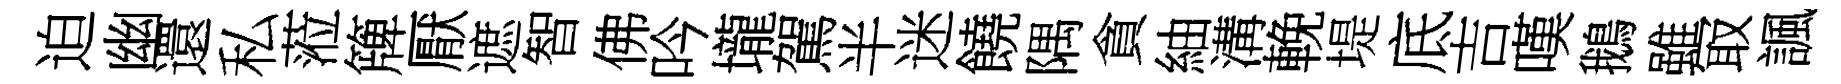
迫幽還私蒞簰厭遮智佛吟壠駕半迷饒隅貪紬溝輓堤底吉嘆鵝雖冣諷